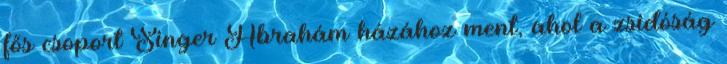
fős csoport Singer Abrahám házához ment, ahol a zsidóság